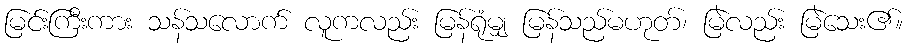
မြင်းကြီးကား သန်သလောက် လူကလည်း မြန်ရုံမျှ မြန်သည်မဟုတ်၊ မြဲလည်း မြဲသေး၏။